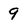
Character: 9